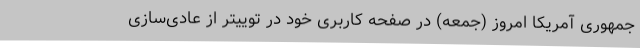
جمهوری آمریکا امروز (جمعه) در صفحه کاربری خود در توییتر از عادی‌سازی